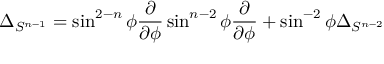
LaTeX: \Delta _ { S ^ { n - 1 } } = \sin ^ { 2 - n } \phi { \frac { \partial } { \partial \phi } } \sin ^ { n - 2 } \phi { \frac { \partial } { \partial \phi } } + \sin ^ { - 2 } \phi \Delta _ { S ^ { n - 2 } }